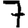
Digit: 7